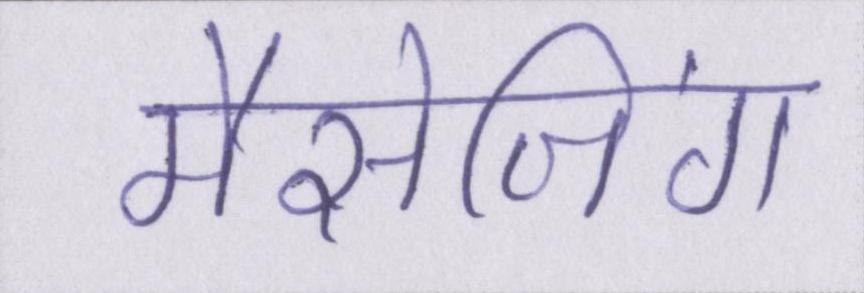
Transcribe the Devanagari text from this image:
मैसेजिंग